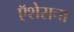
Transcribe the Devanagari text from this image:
ऍशेसचा